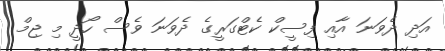
އަދި ދެވަނަ އާއި ފިސީކް ކެޓްގަރީގެ ދެވަނަ ވެސް ހޯދީ މި ޖިމް